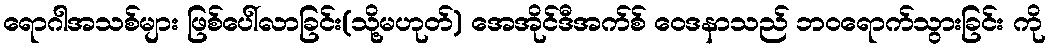
ရောဂါအသစ်များ ဖြစ်ပေါ်လာခြင်း(သို့မဟုတ်) အေအိုင်ဒီအက်စ် ဝေဒနာသည် ဘဝရောက်သွားခြင်း ကို